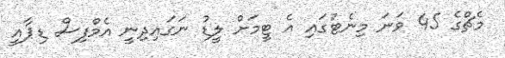
މެޗްގެ 45 ވަނަ މިނެޓުގައި އެ ޓީމަށް ލީޑު ނަގައިދިނީ އެމްފިސް ޑިޕާއީ